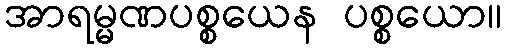
အာရမ္မဏပစ္စယေန ပစ္စယော။